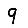
Digit: 9